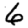
Digit: 6